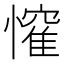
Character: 𭟃